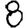
Digit: 8